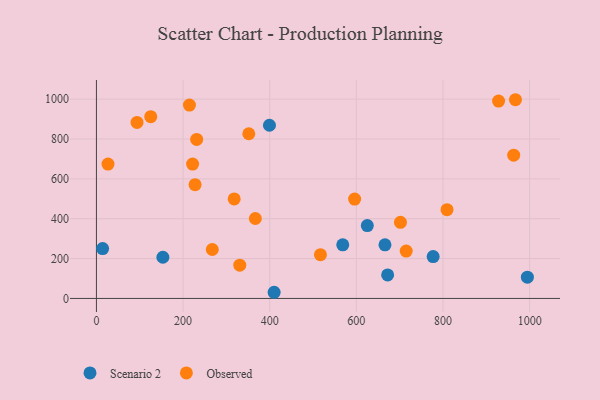
{"axis": {"x": "Engine Size", "y": "Exam Score"}, "legend": ["Observed", "Scenario 2"], "data": [{"x": "994.8", "y": 106.9, "type": "Scenario 2"}, {"x": "777.3", "y": 210.2, "type": "Scenario 2"}, {"x": "625.3", "y": 365.8, "type": "Scenario 2"}, {"x": "399.4", "y": 868.9, "type": "Scenario 2"}, {"x": "153.4", "y": 206.8, "type": "Scenario 2"}, {"x": "568.6", "y": 269.2, "type": "Scenario 2"}, {"x": "14.3", "y": 250.2, "type": "Scenario 2"}, {"x": "672.2", "y": 118.1, "type": "Scenario 2"}, {"x": "666.1", "y": 268.9, "type": "Scenario 2"}, {"x": "410.2", "y": 31.0, "type": "Scenario 2"}, {"x": "318.0", "y": 499.5, "type": "Observed"}, {"x": "809.3", "y": 445.5, "type": "Observed"}, {"x": "928.3", "y": 990.1, "type": "Observed"}, {"x": "214.7", "y": 970.3, "type": "Observed"}, {"x": "517.1", "y": 219.5, "type": "Observed"}, {"x": "963.2", "y": 719.0, "type": "Observed"}, {"x": "227.7", "y": 570.7, "type": "Observed"}, {"x": "351.7", "y": 826.2, "type": "Observed"}, {"x": "967.3", "y": 997.0, "type": "Observed"}, {"x": "330.9", "y": 167.1, "type": "Observed"}, {"x": "93.7", "y": 883.2, "type": "Observed"}, {"x": "231.4", "y": 797.9, "type": "Observed"}, {"x": "125.4", "y": 911.9, "type": "Observed"}, {"x": "715.1", "y": 237.5, "type": "Observed"}, {"x": "26.7", "y": 674.4, "type": "Observed"}, {"x": "701.8", "y": 381.8, "type": "Observed"}, {"x": "267.4", "y": 245.7, "type": "Observed"}, {"x": "596.0", "y": 498.6, "type": "Observed"}, {"x": "366.8", "y": 401.2, "type": "Observed"}, {"x": "222.0", "y": 674.0, "type": "Observed"}]}